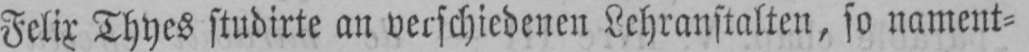
Felix Thyes studirte an verschiedenen Lehranstalten, so nament⸗